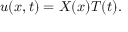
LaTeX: \displaystyle u ( x , t ) = X ( x ) T ( t ) .